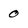
Character: 0